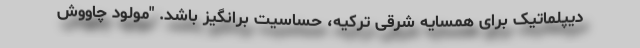
دیپلماتیک برای همسایه شرقی ترکیه، حساسیت برانگیز باشد. "مولود چاووش